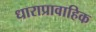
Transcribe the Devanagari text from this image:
धाराप्रावाहिक